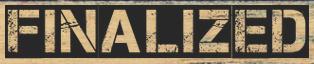
FINALIZED